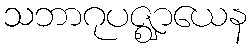
သဘာဂုပဇ္ဈာယေန